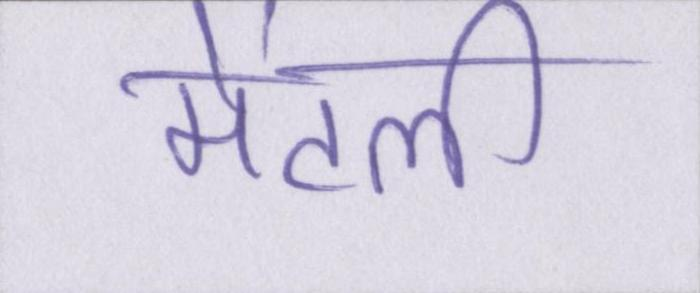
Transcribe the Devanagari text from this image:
मेंटली